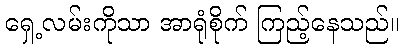
ရှေ့လမ်းကိုသာ အာရုံစိုက် ကြည့်နေသည်။